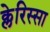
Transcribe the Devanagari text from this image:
क्लेरिस्सा